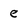
Character: e